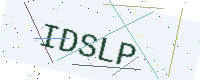
Text: IDSLP